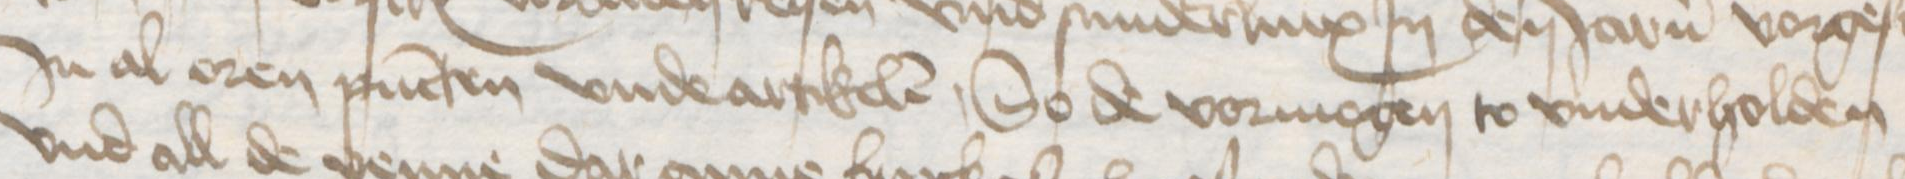
Jn al oren pucten vnde artikelen, So de vormogen to vnderholden